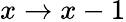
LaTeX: x\rightarrow x-1